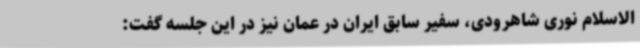
الاسلام نوری شاهرودی، سفیر سابق ایران در عمان نیز در این جلسه گفت: